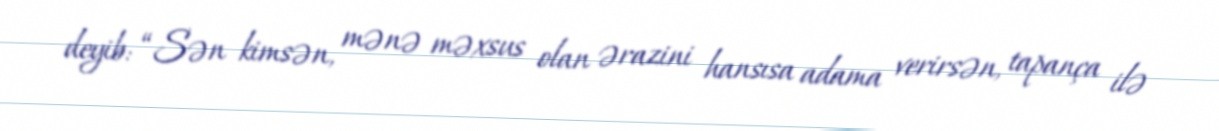
deyib: “Sən kimsən, mənə məxsus olan ərazini hansısa adama verirsən, tapança ilə